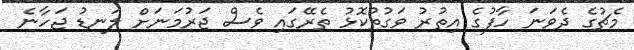
މެޗުގެ ދެވަނަ ހާފުގެ އިތުރު ވަގުތުކޮޅު ތެރޭގައި ވެސް ޖަރުމަނަށް ލަނޑު ޖަހާނެ